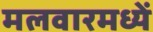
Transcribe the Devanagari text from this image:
मलवारमध्यें